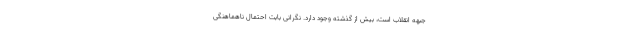
جبهه انقلاب است، بیش از گذشته وجود دارد. نگرانی بابت احتمال ناهماهنگی